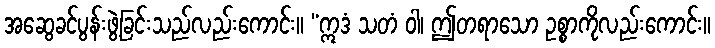
အဆွေခင်ပွန်းဖွဲ့ခြင်းသည်လည်းကောင်း။ “ဣဒံ သတံ ဝါ၊ ဤတရာသော ဥစ္စာကိုလည်းကောင်း။